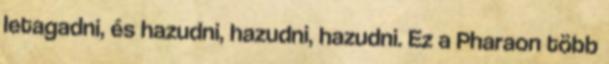
letagadni, és hazudni, hazudni, hazudni. Ez a Pharaon több